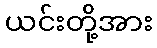
ယင်းတို့အား